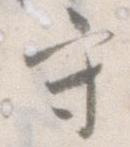
守